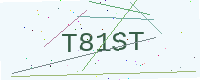
Text: T81ST